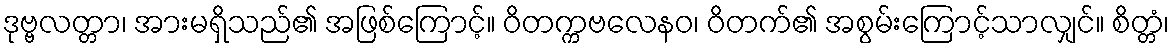
ဒုဗ္ဗလတ္တာ၊ အားမရှိသည်၏ အဖြစ်ကြောင့်။ ဝိတက္ကဗလေနဝ၊ ဝိတက်၏ အစွမ်းကြောင့်သာလျှင်။ စိတ္တံ၊